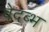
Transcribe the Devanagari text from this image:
वेदब्भ